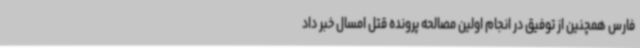
فارس همچنین از توفیق در انجام اولین مصالحه پرونده قتل امسال خبر داد